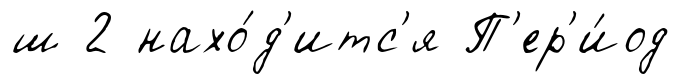
ш 2 нахо́д'итс'я П'ер'и́од